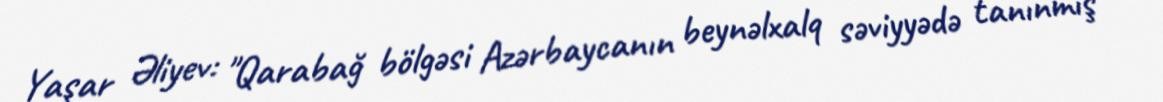
Yaşar Əliyev: "Qarabağ bölgəsi Azərbaycanın beynəlxalq səviyyədə tanınmış